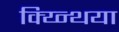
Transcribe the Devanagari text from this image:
क्य्न्थिया